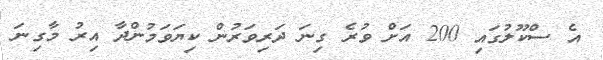
އެ ސްކޫލުގައި 200 އަށް ވުރެ ގިނަ ދަރިވަރުން ކިޔަވަމުންދާ އިރު މާގިނަ